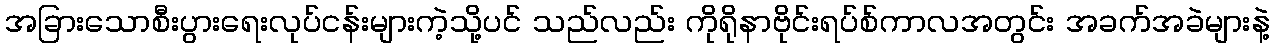
အခြားသောစီးပွားရေးလုပ်ငန်းများကဲ့သို့ပင် သည်လည်း ကိုရိုနာဗိုင်းရပ်စ်ကာလအတွင်း အခက်အခဲများနဲ့